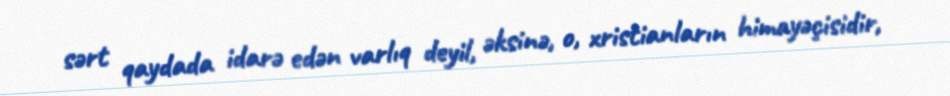
sərt qaydada idarə edən varlıq deyil, əksinə, o, xristianların himayəçisidir,